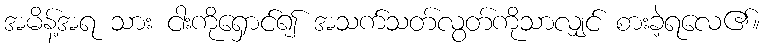
အမိန့်အရ သား ငါးကိုရှောင်၍ အသက်သတ်လွတ်ကိုသာလျှင် စားခဲ့ရလေ၏။